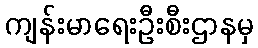
ကျန်းမာရေးဦးစီးဌာနမှ